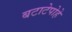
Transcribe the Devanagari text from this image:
बटाटेपोहे